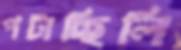
পটাচ্ছিলি